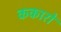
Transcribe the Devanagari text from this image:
ककारों